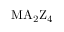
\mathrm { M A _ { 2 } Z _ { 4 } }